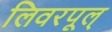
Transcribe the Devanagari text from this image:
लिवरपूल्